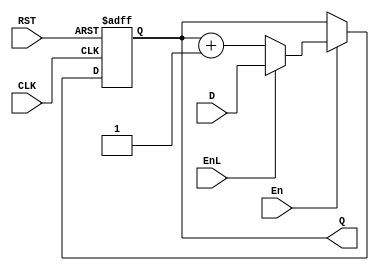
module contador_7(CLK, D, RST, En, EnL, Q);
  input CLK, RST, En, EnL;
  input [6:0] D;
  output reg [6:0] Q;

  always @(posedge RST or posedge CLK)
    if (RST)
      Q <= 1'b0;
    else if(En)
      if (EnL)
        Q <= D;
      else
        Q <= Q+1'b1;

endmodule